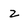
Character: z